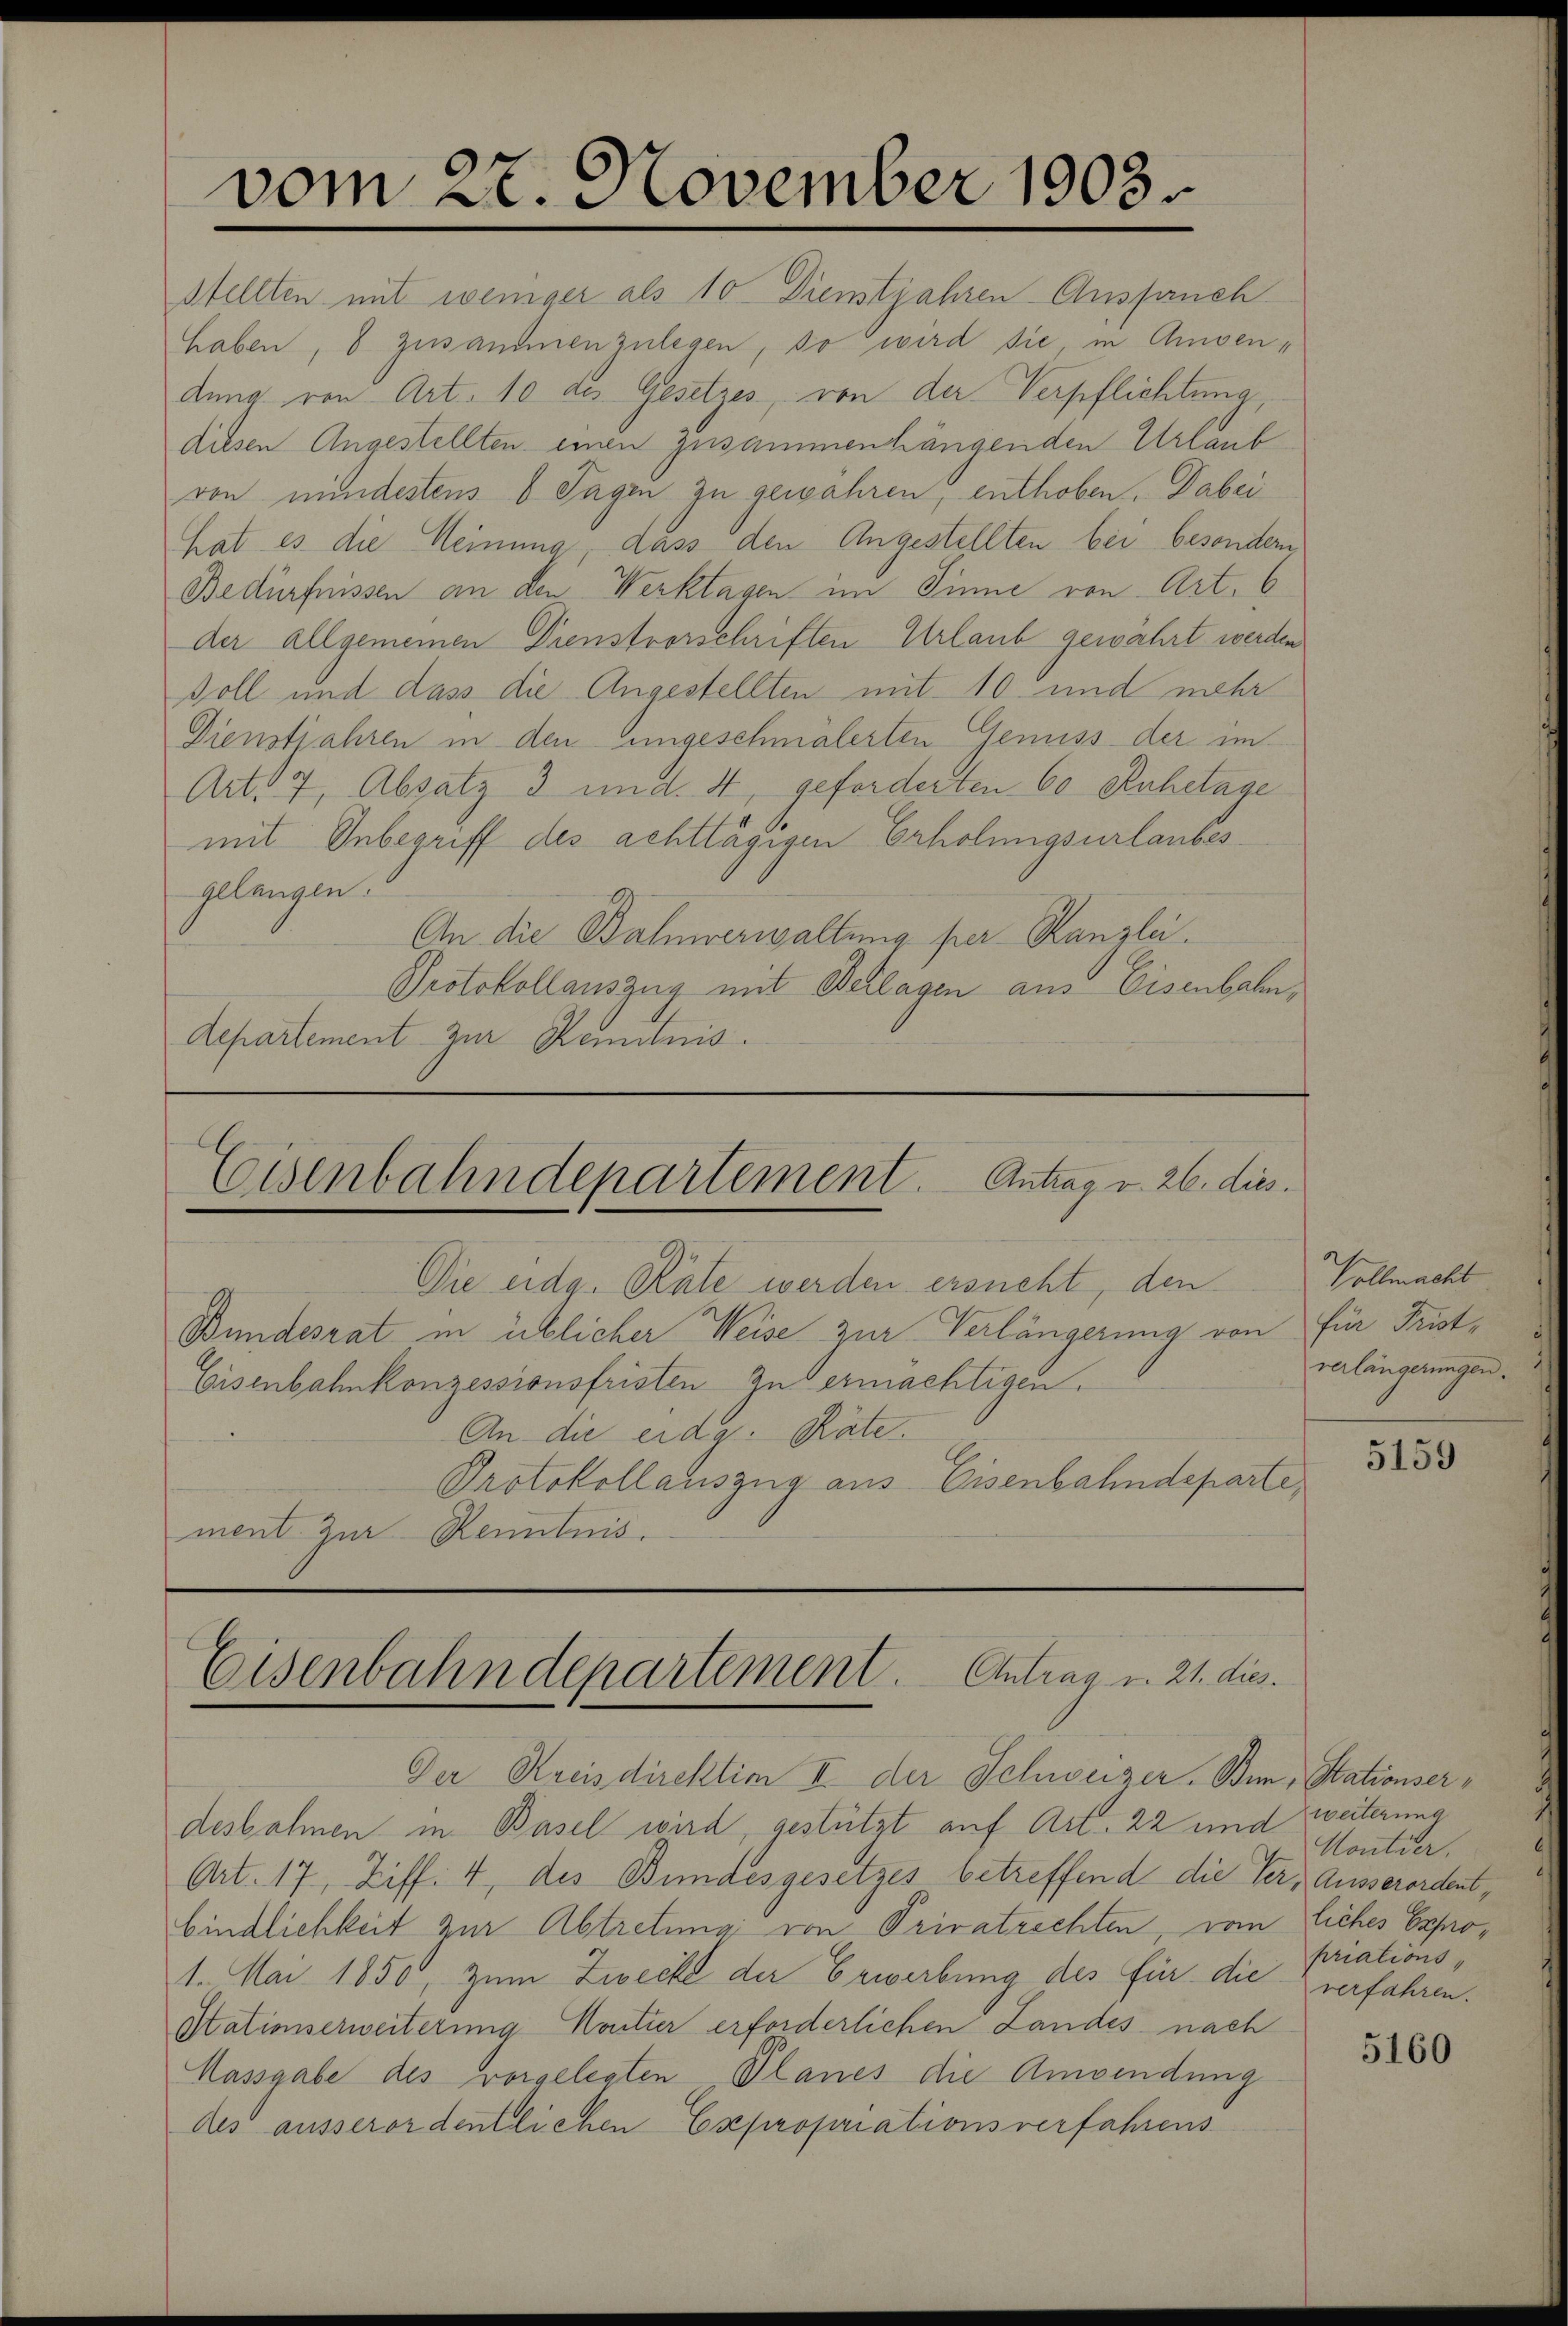
vom 27. November 1903.

Stellten mit weniger als 10. Dienstjahren Ausfauch
haben, 8 zusammenzulegen, so wird sie, in Amsendung von Art. 10 des Gesetzes, von der Verpflichtung,
diesen Angestellten einen Zusammenhängenden Urlaub
von mindestens 6 Tagen zu gewähren, enthoben. Dabei
hat es die Meinung, dass den Angestellten bei besondern
Bedürfnissen an den Werktagen im Sinne von Art. 6
der allgemeinen Dienstvorschriften Urlaub gewährt werden
voll und dass die Angestellten mit 10. und mehr
Dienstjahren in den ungeschmälerten Genuss der im
Art. 7, Absatz 3 und 4, geforderten 60 Anhetage
mit Inbegriff des achttägigen Erholungsurlaubes
Gelangen.
An die Bahnverwaltung per Kanzli.
Protokollauszug mit Verlagen aus Eisenbahn,
Departement zur Kenntnis.

Teisenbahndepartement. Antrag v. 26. dies
Die eidg. Rate werden ersucht, den

Eisenbahnkonzessionsfristen zu ermächtigen.
An die eidg. Räte.
Protokollauszug aus Eisenbahndeparte
ment zur Kenntnis.

Bundesrat in üblicher Weise zur Verlängerung von

Eisenbahndepartement. Antrag u. 21. dies

Der Kreisdirektion II der Schweizer. Bin, Stationserdesbahnen in Basel wird, gestützt auf Art. 22 und weiterung
Art. 17, Ziff. 4, des Bundesgesetzes betreffend die Ver-Ausserordent,
bindlichkeit zur Abtretung von Privatrechten, vom liches Expro¬
1. Mai 1850, zum Zwecke der Erwerbung des für die verfahren.
Stationserweiterung Kaitier erforderlichen Landes nach
Massgabe des vorgelegten Planes die Anwendung
des ausserordentlichen Expropriationsverfahrens

Vollmacht
für Fristverlängerungen.

5159

Kontier.
priations¬

5160